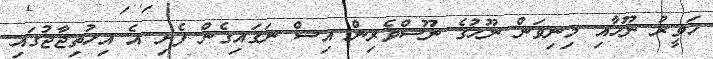
ހަވީރު ނޫހާއި މިނިވަން ނޫހުގެ ނޫސްވެރިން އިސް ނަގައިގެން ފެށި އެ އިހުތިޖާޖުގައި